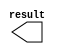
// megafunction wizard: %LPM_CONSTANT%VBB%
// GENERATION: STANDARD
// VERSION: WM1.0
// MODULE: LPM_CONSTANT 

// ============================================================
// Megafunction Name(s):
// 			LPM_CONSTANT
//
// Simulation Library Files(s):
// 			lpm
// ============================================================
// ************************************************************
// THIS IS A WIZARD-GENERATED FILE. DO NOT EDIT THIS FILE!
//
// 17.0.0 Build 595 04/25/2017 SJ Standard Edition
// ************************************************************

//Copyright (C) 2017  Intel Corporation. All rights reserved.
//Your use of Intel Corporation's design tools, logic functions 
//and other software and tools, and its AMPP partner logic 
//functions, and any output files from any of the foregoing 
//(including device programming or simulation files), and any 
//associated documentation or information are expressly subject 
//to the terms and conditions of the Intel Program License 
//Subscription Agreement, the Intel Quartus Prime License Agreement,
//the Intel MegaCore Function License Agreement, or other 
//applicable license agreement, including, without limitation, 
//that your use is for the sole purpose of programming logic 
//devices manufactured by Intel and sold by Intel or its 
//authorized distributors.  Please refer to the applicable 
//agreement for further details.

module bat_y_loc (
	result);

	output	[10:0]  result;

endmodule

// ============================================================
// CNX file retrieval info
// ============================================================
// Retrieval info: PRIVATE: INTENDED_DEVICE_FAMILY STRING "Cyclone V"
// Retrieval info: PRIVATE: JTAG_ENABLED NUMERIC "1"
// Retrieval info: PRIVATE: JTAG_ID STRING "yLoc"
// Retrieval info: PRIVATE: Radix NUMERIC "10"
// Retrieval info: PRIVATE: SYNTH_WRAPPER_GEN_POSTFIX STRING "0"
// Retrieval info: PRIVATE: Value NUMERIC "30"
// Retrieval info: PRIVATE: nBit NUMERIC "11"
// Retrieval info: PRIVATE: new_diagram STRING "1"
// Retrieval info: LIBRARY: lpm lpm.lpm_components.all
// Retrieval info: CONSTANT: LPM_CVALUE NUMERIC "30"
// Retrieval info: CONSTANT: LPM_HINT STRING "ENABLE_RUNTIME_MOD=YES, INSTANCE_NAME=yLoc"
// Retrieval info: CONSTANT: LPM_TYPE STRING "LPM_CONSTANT"
// Retrieval info: CONSTANT: LPM_WIDTH NUMERIC "11"
// Retrieval info: USED_PORT: result 0 0 11 0 OUTPUT NODEFVAL "result[10..0]"
// Retrieval info: CONNECT: result 0 0 11 0 @result 0 0 11 0
// Retrieval info: GEN_FILE: TYPE_NORMAL bat_y_loc.v TRUE
// Retrieval info: GEN_FILE: TYPE_NORMAL bat_y_loc.inc FALSE
// Retrieval info: GEN_FILE: TYPE_NORMAL bat_y_loc.cmp FALSE
// Retrieval info: GEN_FILE: TYPE_NORMAL bat_y_loc.bsf TRUE
// Retrieval info: GEN_FILE: TYPE_NORMAL bat_y_loc_inst.v FALSE
// Retrieval info: GEN_FILE: TYPE_NORMAL bat_y_loc_bb.v TRUE
// Retrieval info: LIB_FILE: lpm